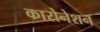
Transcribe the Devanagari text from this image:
कारोनेशन